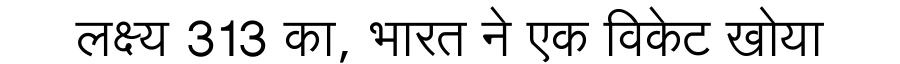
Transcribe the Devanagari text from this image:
लक्ष्य 313 का, भारत ने एक विकेट खोया